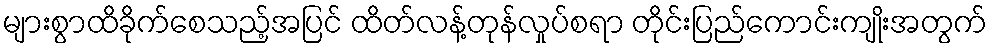
များစွာထိခိုက်စေသည့်အပြင် ထိတ်လန့်တုန်လှုပ်စရာ တိုင်းပြည်ကောင်းကျိုးအတွက်